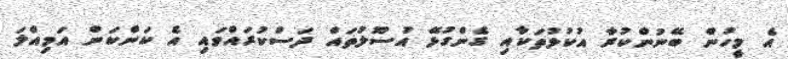
އެ މީހުން ބޭނުންކުރާ އުކުޅުތަކާއި ގެންގުޅޭ އުސޫލުތައް ދަސްކުރައްވައި އެ ކަންކަން އަމިއްލަ